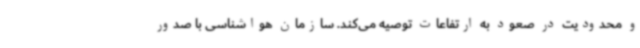
و محدودیت در صعود به ارتفاعات توصیه می‌کند. سازمان هواشناسی با صدور